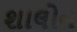
શાલોન